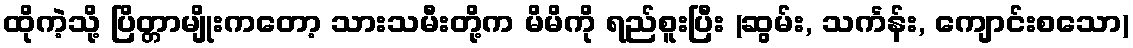
ထိုကဲ့သို့ ပြိတ္တာမျိုးကတော့ သားသမီးတို့က မိမိကို ရည်စူးပြီး (ဆွမ်း, သင်္ကန်း, ကျောင်းစသော)